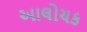
આલોચક